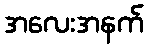
အလေးအနက်